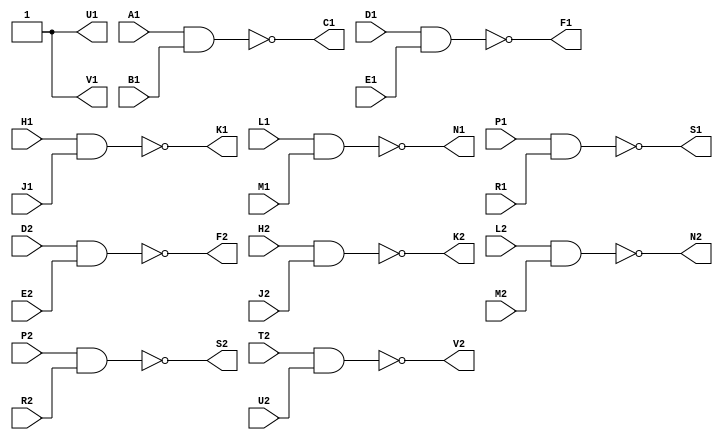
// M113 - Ten 2-input NAND gates
// Kyle Owen - 13 February 2021
// Uses three 7400s; two NAND gates are unused
// Provides logic high at 3V via two voltage dividers

module m113 (
	input A1,
	input B1,
	output C1,
	input D1,
	input E1,
	output F1,
	input H1,
	input J1,
	output K1,
	input L1,
	input M1,
	output N1,
	input P1,
	input R1,
	output S1,
	//inout T1,  // ground
	output U1, // logic high, 3V
	output V1, // logic high, 3V

	//inout A2,  // +5V
	//inout B2,  // -15V (not used)
	//inout C2,  // ground
	input D2,
	input E2,
	output F2,
	input H2,
	input J2,
	output K2,
	input L2,
	input M2,
	output N2,
	input P2,
	input R2,
	output S2,
	input T2,
	input U2,
	output V2
	);

assign C1 = !(A1 & B1);
assign F1 = !(D1 & E1);
assign K1 = !(H1 & J1);
assign N1 = !(L1 & M1);
assign S1 = !(P1 & R1);
assign F2 = !(D2 & E2);
assign K2 = !(H2 & J2);
assign N2 = !(L2 & M2);
assign S2 = !(P2 & R2);
assign V2 = !(T2 & U2);
assign U1 = 1'b1;
assign V1 = 1'b1;

//assign A2 = 1'b1;
//assign B2 = 1'bz;
//assign C2 = 1'b0;
//assign T1 = 1'b0;

endmodule